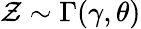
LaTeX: \mathcal{Z}\sim\Gamma(\gamma,\theta)